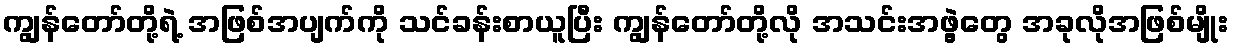
ကျွန်တော်တို့ရဲ့ အဖြစ်အပျက်ကို သင်ခန်းစာယူပြီး ကျွန်တော်တို့လို အသင်းအဖွဲ့တွေ အခုလိုအဖြစ်မျိုး